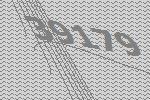
39179